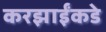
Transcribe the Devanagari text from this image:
करझाईंकडे